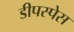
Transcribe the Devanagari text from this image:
डीपस्पेस